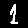
Digit: 1